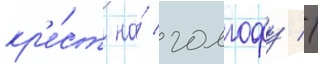
кр'е́ст на́ голгофу //